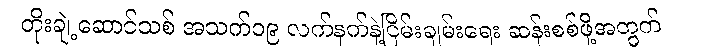
တိုးချဲ့ဆောင်သစ် အသက်၁၉ လက်နက်နဲ့ငြိမ်းချမ်းရေး ဆန်းစစ်ဖို့အတွက်